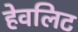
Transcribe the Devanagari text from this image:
हेवलिट